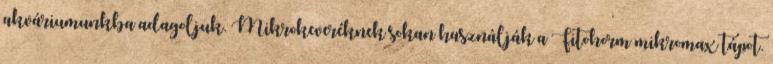
akváriumunkba adagoljuk. Mikrokeveréknek sokan használják a Fitohorm mikromax tápot.